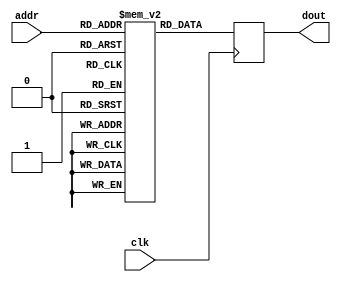
module rom_256x16 (
	input 		[7:0] 	addr,
	input 					clk,
	output reg	[15:0]	dout
	);
	
	reg [15:0] mem_array [0:255];
	
	integer i;	
	initial begin
		for (i = 0;  i < 256;  i = i + 1)
			mem_array[i] = 0;
			
		mem_array[0] = 16'haaaa;
		mem_array[1] = 16'hbbbb;
		mem_array[2] = 16'hcccc;
		mem_array[3] = 16'hdddd;
	end
	
	always @(posedge clk)
		dout <= mem_array[addr];
		
endmodule